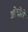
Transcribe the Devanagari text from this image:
ओदोरी